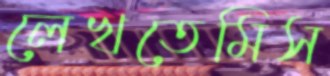
লেখতেমিস